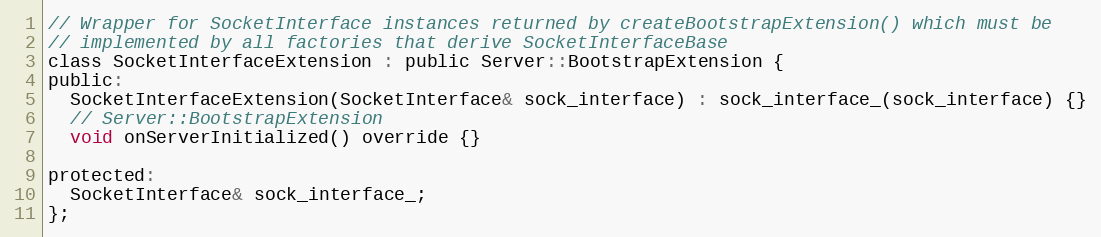
Language: C
// Wrapper for SocketInterface instances returned by createBootstrapExtension() which must be
// implemented by all factories that derive SocketInterfaceBase
class SocketInterfaceExtension : public Server::BootstrapExtension {
public:
  SocketInterfaceExtension(SocketInterface& sock_interface) : sock_interface_(sock_interface) {}
  // Server::BootstrapExtension
  void onServerInitialized() override {}

protected:
  SocketInterface& sock_interface_;
};